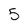
Character: 5